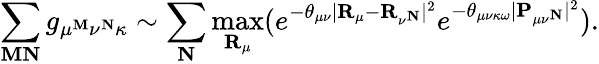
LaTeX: \sum_{\mathbf{M}\mathbf{N}}g_{\mu^{\mathbf{M}}\nu^{\mathbf{N}}\kappa}\sim\sum_{\mathbf{N}}\operatorname*{max}_{\mathbf{R}_{\mu}}(e^{-\theta_{\mu\nu}|\mathbf{R}_{\mu}-\mathbf{R}_{\nu^{\mathbf{N}}}|^{2}}e^{-\theta_{\mu\nu\kappa\omega}|\mathbf{P}_{\mu\nu^{\mathbf{N}}}|^{2}}).